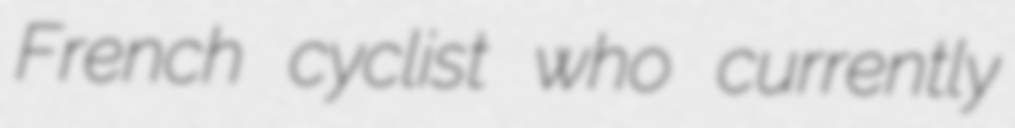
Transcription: French cyclist who currently